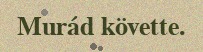
Murád követte.